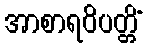
အာစာရဝိပတ္တိံ